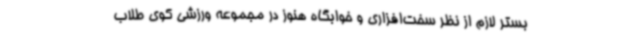
بستر لازم از نظر سخت‌افزاری و خوابگاه هنوز در مجموعه ورزشی کوی طلاب